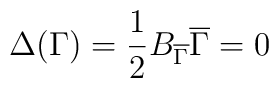
\Delta(\Gamma)={1\over2}B_{\overline\Gamma}\overline\Gamma=0